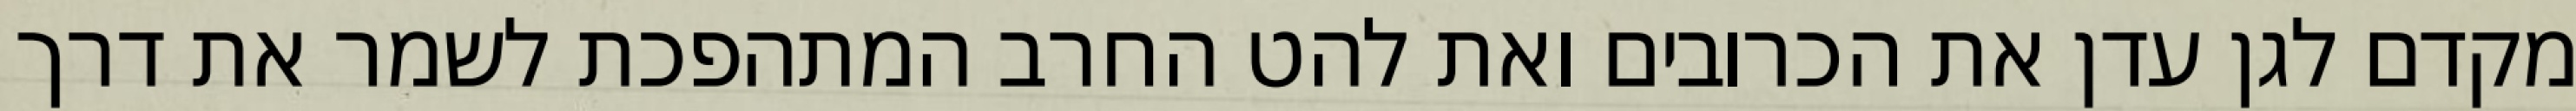
מקדם לגן עדן את הכרובים ואת להט החרב המתהפכת לשמר את דרך